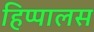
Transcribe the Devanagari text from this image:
हिप्पालस